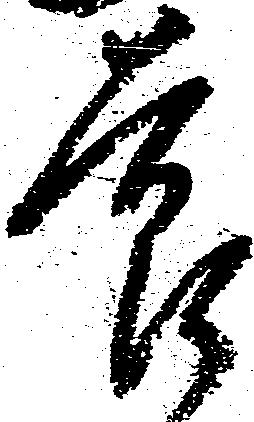
節